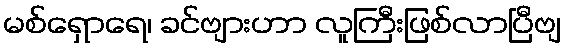
မစ်ရှောရေ၊ ခင်ဗျားဟာ လူကြီးဖြစ်လာပြီဗျ